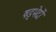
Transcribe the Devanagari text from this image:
षड्भेदों